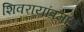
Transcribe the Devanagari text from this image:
शिवरायांप्रमाणे